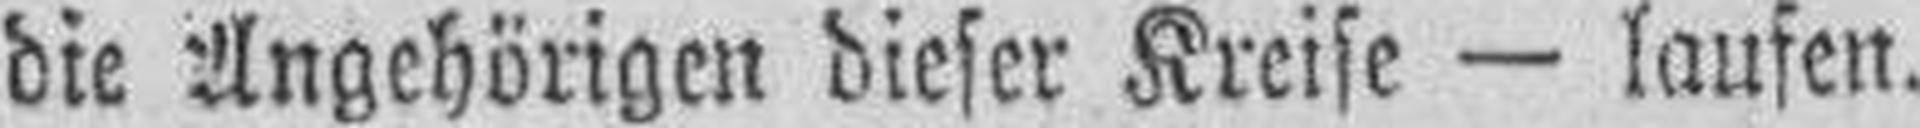
die Angehörigen dieser Kreise — laufen.